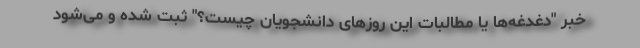
خبر "دغدغه‌ها یا مطالبات این روزهای دانشجویان چیست؟" ثبت شده و می‌شود